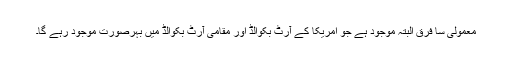
معمولی سا فرق البتہ موجود ہے جو امریکا کے آرٹ بکوالڈ اور مقامی آرٹ بکوالڈ میں بہرصورت موجود رہے گا۔